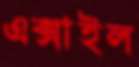
এক্সাইল